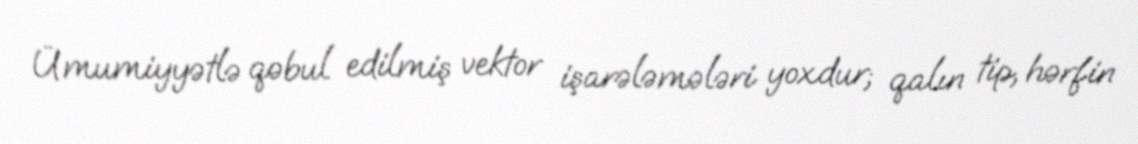
Ümumiyyətlə qəbul edilmiş vektor işarələmələri yoxdur; qalın tip, hərfin